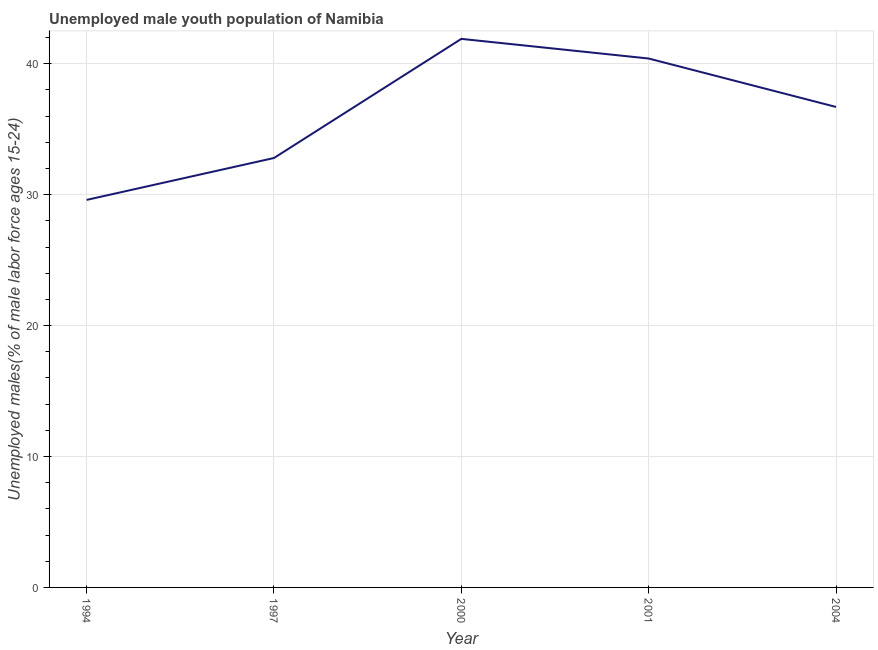
| Year | Unemployment youth male |
 | --- | --- |
 | 1994 | 29.6 |
 | 1997 | 32.8 |
 | 2000 | 41.9 |
 | 2001 | 40.4 |
 | 2004 | 36.7 |